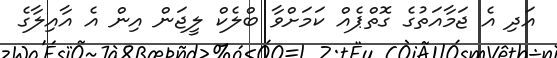
އަދި އެ ޖަމާއަތުގެ ގޮތްޕެއް ކަމަށްވާ ބްލެކް ލީޖަން އިން އެ އާއިލާގެ